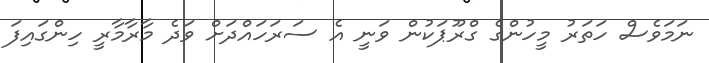
ނަމަވެސް ހަތަރު މީހުންގެ ގްރޫޕަކުން ވަނީ އެ ސަރަހައްދަށް ވަދެ މާރާމާރީ ހިންގައިފަ